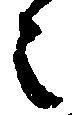
之